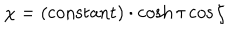
LaTeX: \chi = ( \mathrm { c o n s t a n t } ) \cdot \cosh \tau \cos \zeta